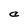
Character: C